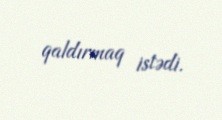
qaldırmaq istədi.